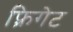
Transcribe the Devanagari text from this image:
फ़्रिगेट